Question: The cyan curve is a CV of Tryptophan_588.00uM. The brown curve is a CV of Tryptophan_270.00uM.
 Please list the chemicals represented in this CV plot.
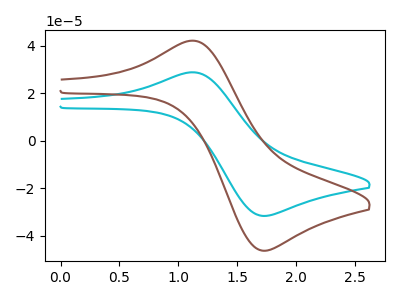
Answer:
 <answer>The cyan curve is labeled "Tryptophan_588.00uM". The brown curve is labeled "Tryptophan_270.00uM".</answer>
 <eval></eval>